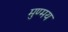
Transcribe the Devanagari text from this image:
मुण्मय